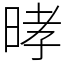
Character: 㫴